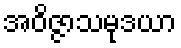
အဝိဇ္ဇာသမုဒယာ